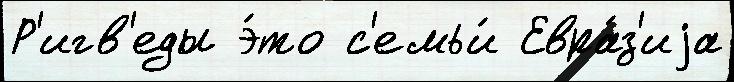
Р'игв'еды э́то с'емьи́ Евра́з'иjа